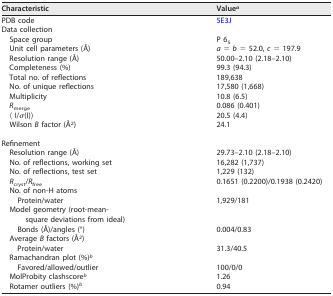
| Characteristic | Valuea |
 | --- | --- |
 | PDB code | 5E3J |
 | Data collection |  |
 | Space group | P 65 |
 | Unit cell parameters (Å) | a = b = 52.0, c = 197.9 |
 | Resolution range (Å) | 50.00–2.10 (2.18–2.10) |
 | Completeness (%) | 99.3 (94.3) |
 | Total no. of reflections | 189,638 |
 | No. of unique reflections | 17,580 (1,668) |
 | Multiplicity | 10.8 (6.5) |
 | Rmerge | 0.086 (0.401) |
 | 〈 I/σ(I)〉 | 20.5 (4.4) |
 | Wilson B factor (Å2) | 24.1 |
 | Refinement |  |
 | Resolution range (Å) | 29.73–2.10 (2.18–2.10) |
 | No. of reflections, working set | 16,282 (1,737) |
 | No. of reflections, test set | 1,229 (132) |
 | Rcryst/Rfree | 0.1651 (0.2200)/0.1938 (0.2420) |
 | No. of non-H atoms |  |
 | Protein/water | 1,929/181 |
 | Model geometry (root-mean-square deviations from ideal) |  |
 | Bonds (Å)/angles (°) | 0.004/0.83 |
 | Average B factors (Å2) |  |
 | Protein/water | 31.3/40.5 |
 | Ramachandran plot (%)b |  |
 | Favored/allowed/outlier | 100/0/0 |
 | MolProbity clashscoreb | 1.26 |
 | Rotamer outliers (%)b | 0.94 |